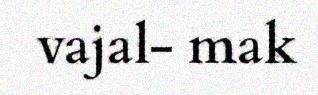
vajal- mak